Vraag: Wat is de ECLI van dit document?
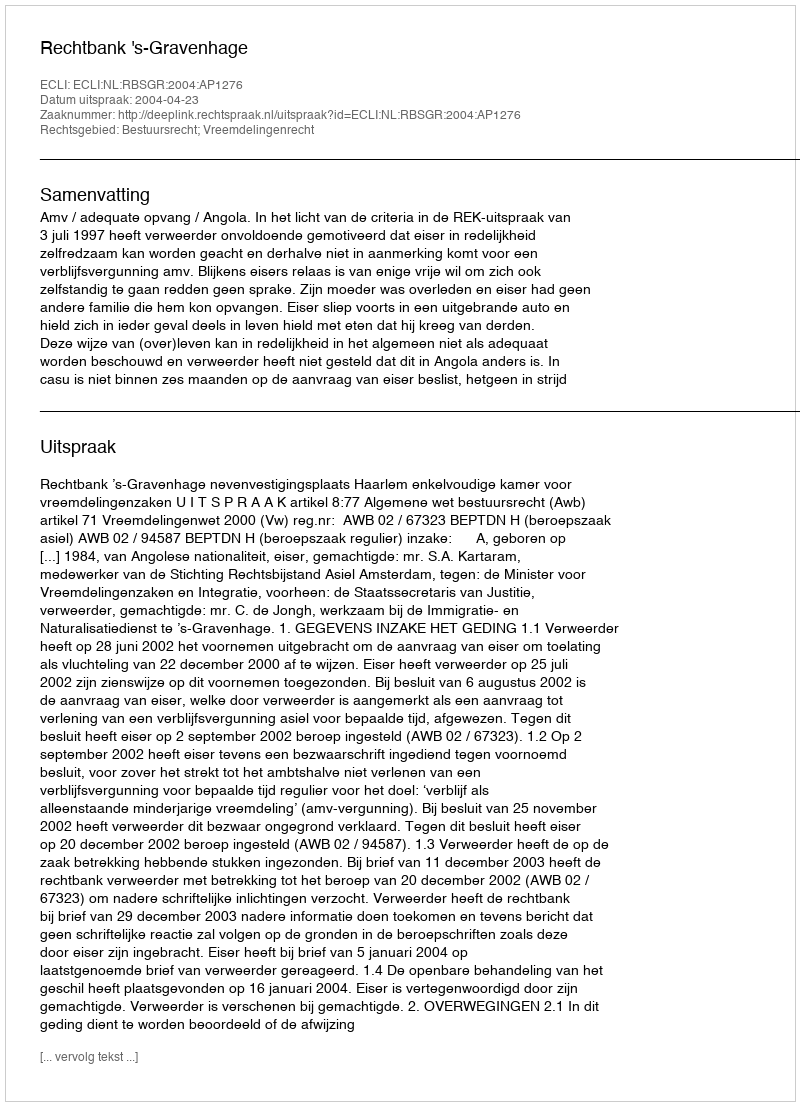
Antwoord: ECLI:NL:RBSGR:2004:AP1276